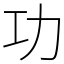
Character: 功